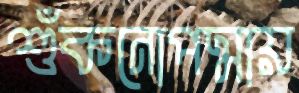
শুঁকনোপদ্মায়